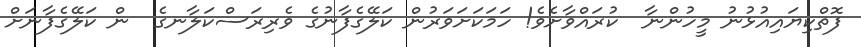
ފޮތްކިޔައިއުޅުނު މީހުންނާ  ކުރައްވާށެވެ! ހަމަކަށަވަރުން ކަލޭގެފާނުގެ ވެރިރަސްކަލާނގެ  ން ކަލޭގެފާނަށް